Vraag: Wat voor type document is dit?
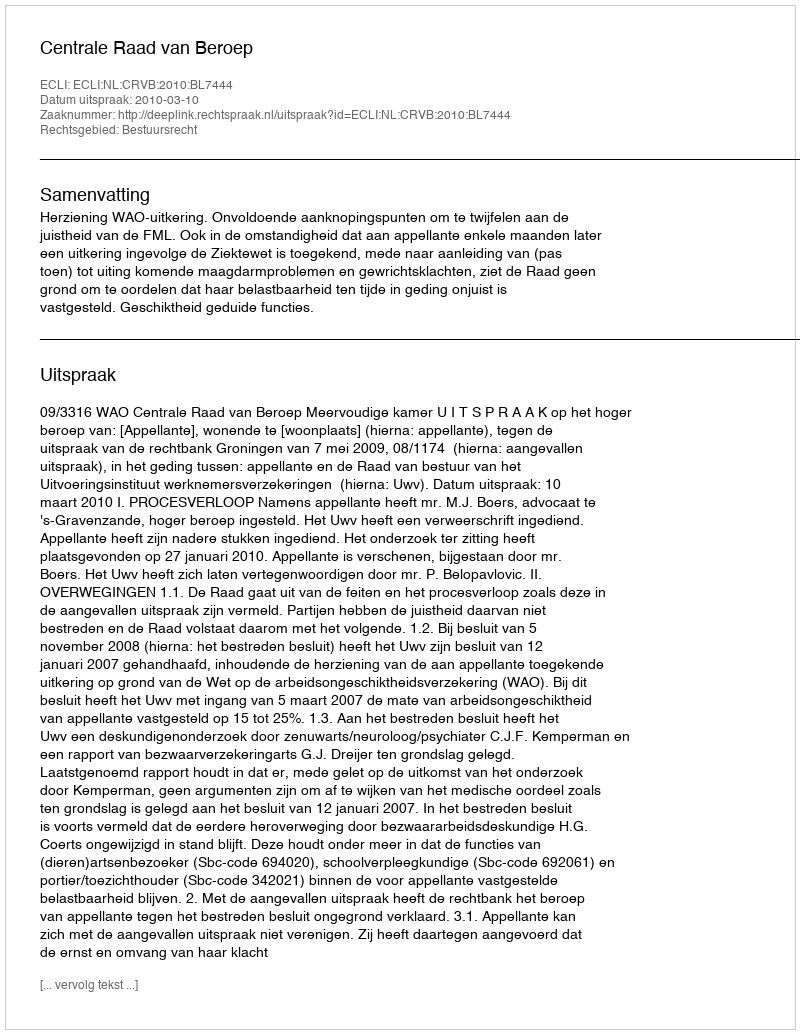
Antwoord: Uitspraak